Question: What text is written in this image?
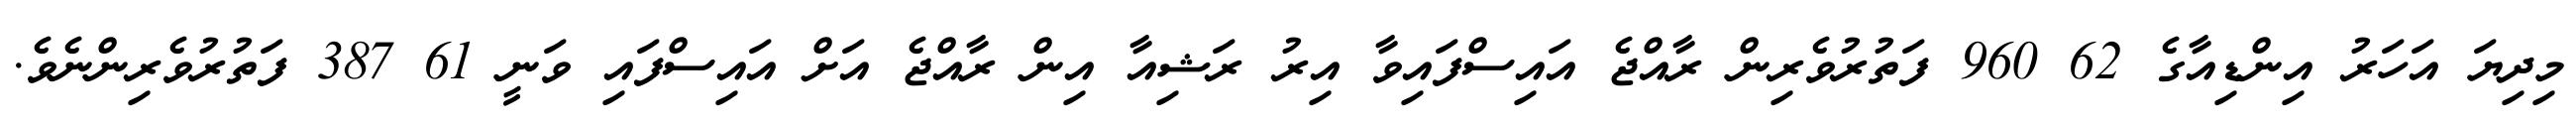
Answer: މިދިޔަ އަހަރު އިންޑިއާގެ 62 960 ފަތުރުވެރިން ރާއްޖެ އައިސްފައިވާ އިރު ރަޝިއާ އިން ރާއްޖެ އަށް އައިސްފައި ވަނީ 61 387 ފަތުރުވެރިންނެވެ.